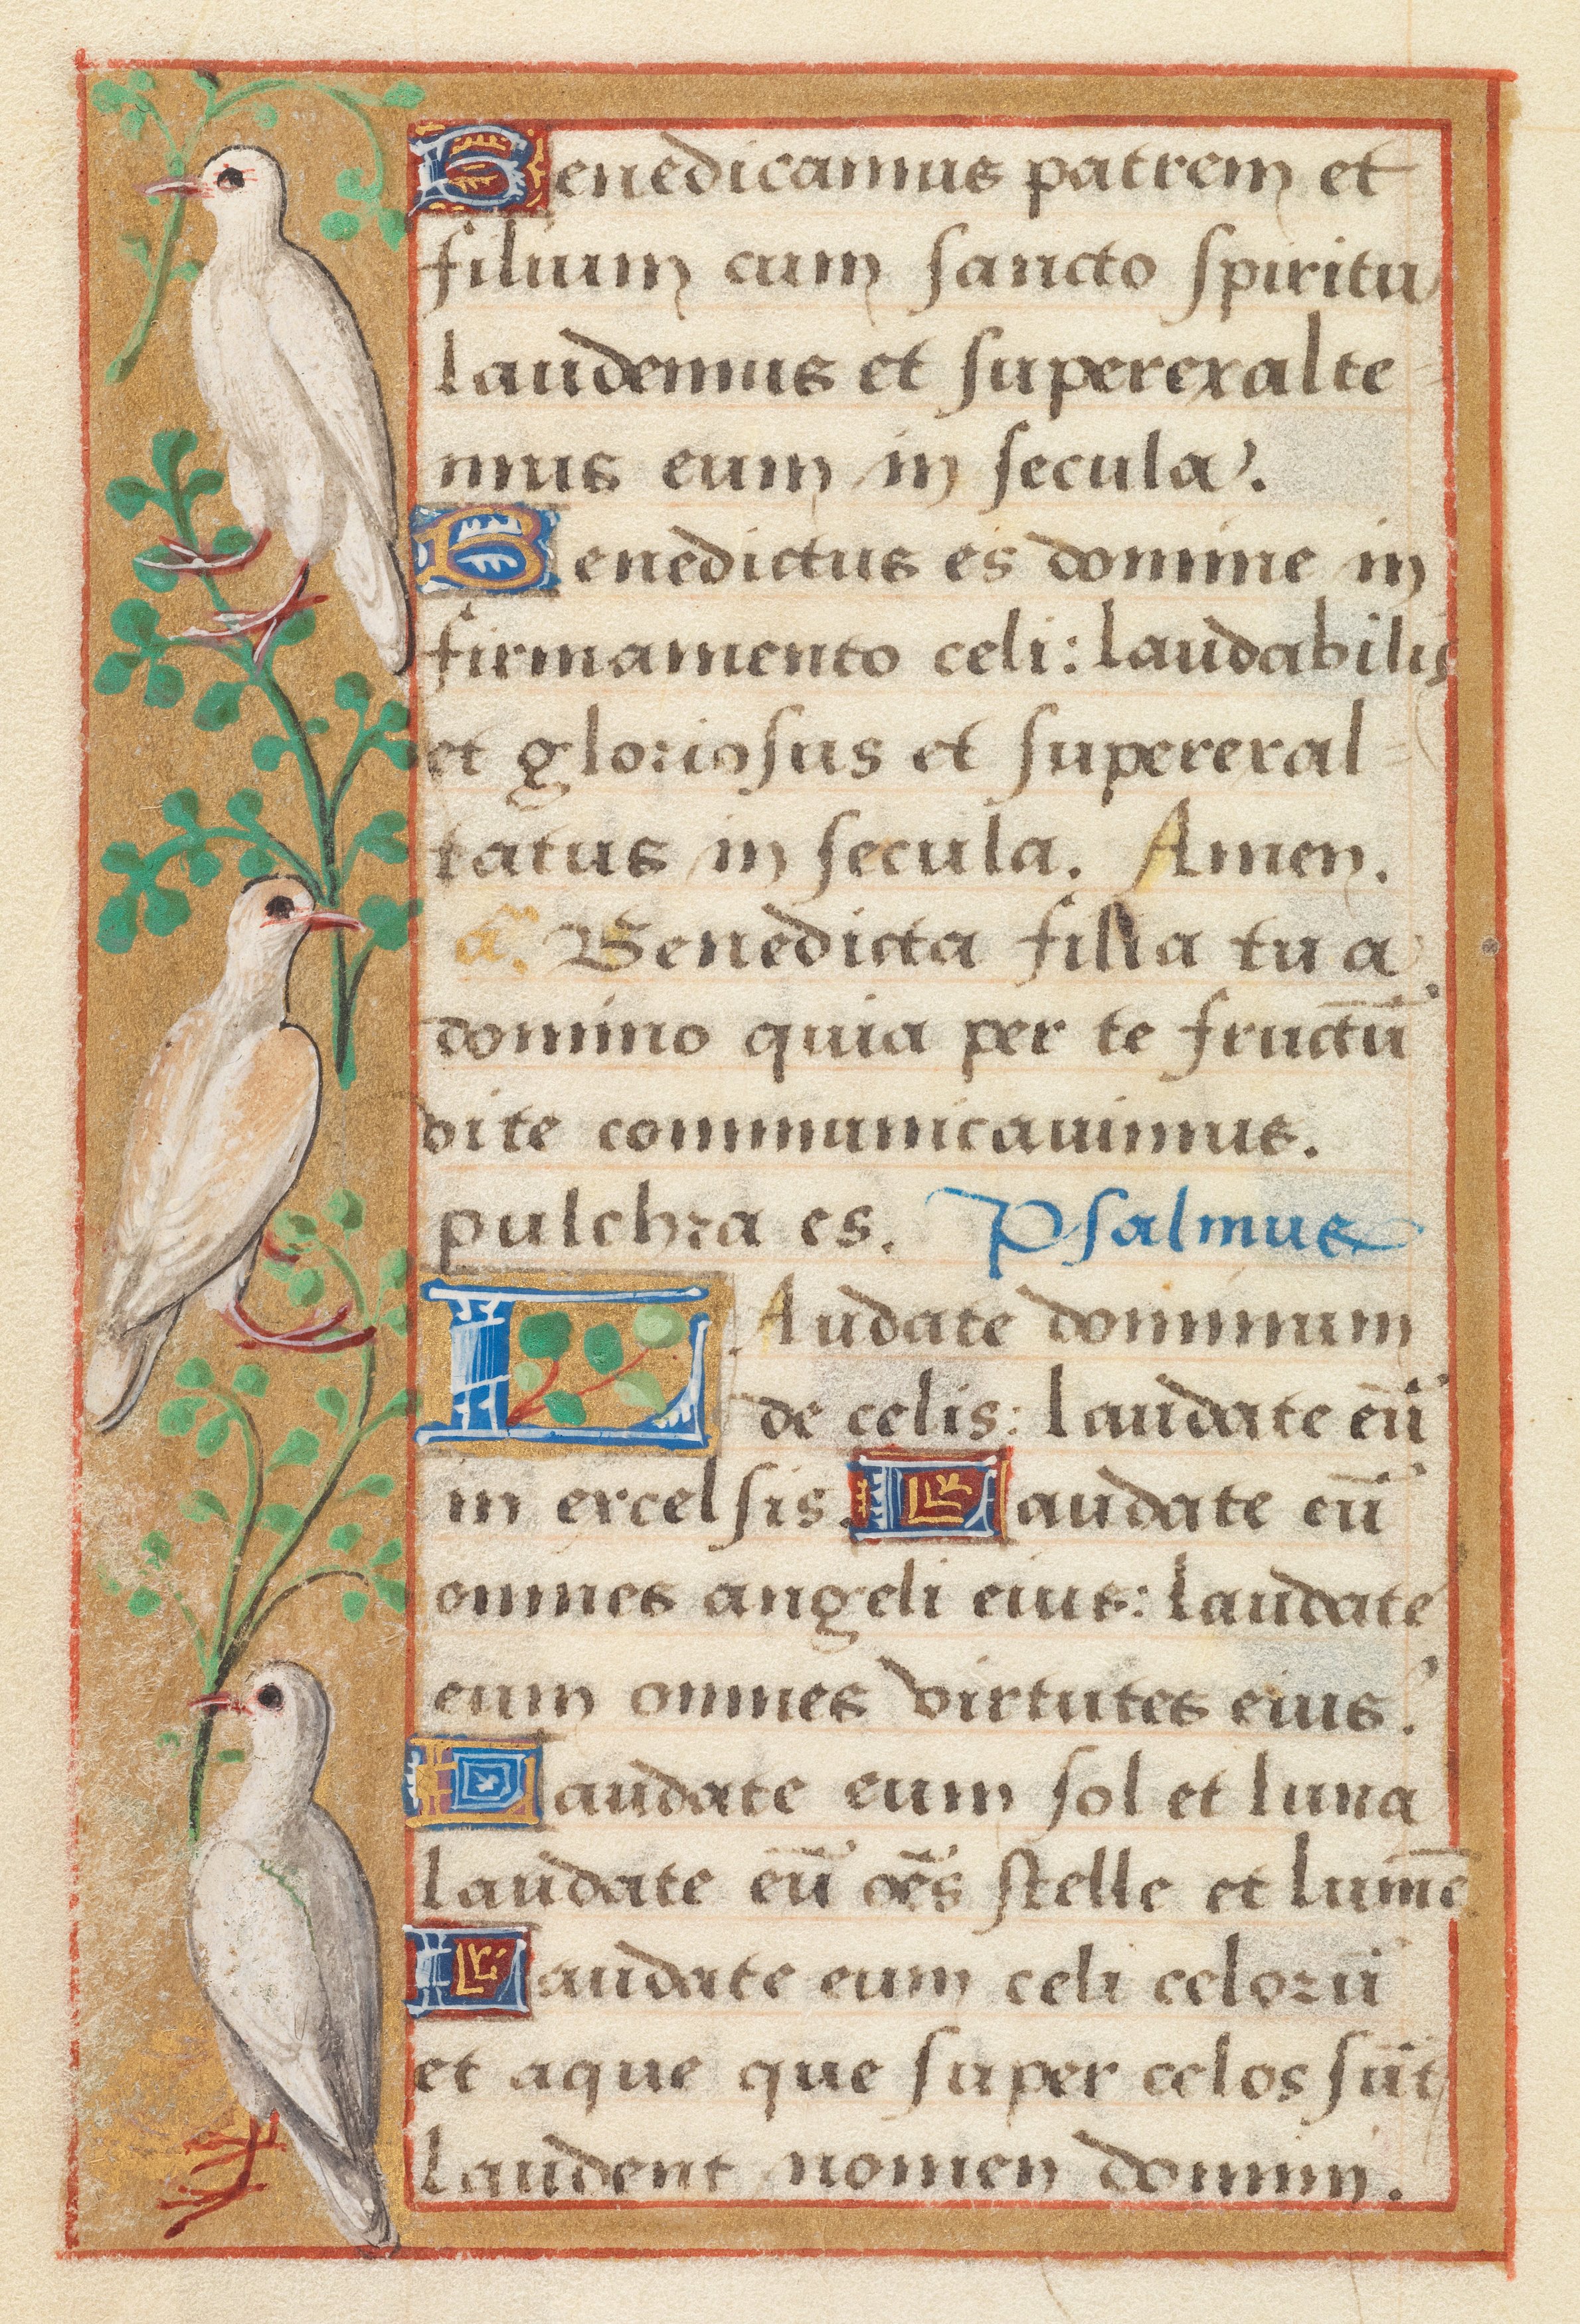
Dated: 1524–1524